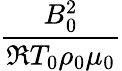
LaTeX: \frac{B_{0}^{2}}{\mathfrak{R}T_{0}\rho_{0}\mu_{0}}